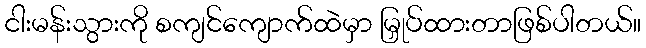
ငါးမန်းသွားကို စကျင်ကျောက်ထဲမှာ မြှုပ်ထားတာဖြစ်ပါတယ်။